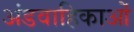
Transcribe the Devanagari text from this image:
अंडवाहिकाओं